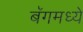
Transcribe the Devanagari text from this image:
बॅगमध्ये